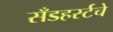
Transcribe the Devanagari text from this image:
सँडहर्स्टचे